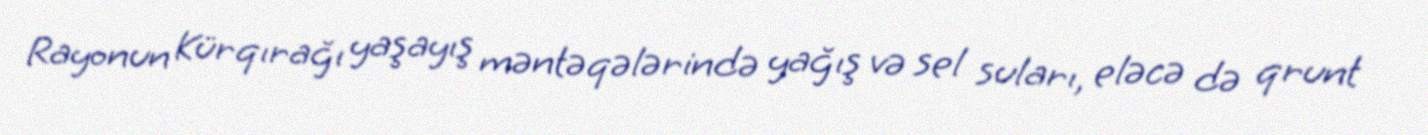
Rayonun Kürqırağı yaşayış məntəqələrində yağış və sel suları, eləcə də qrunt